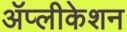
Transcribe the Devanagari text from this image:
ॲप्लीकेशन